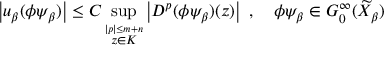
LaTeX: \left| u _ { \beta } ( \phi \psi _ { \beta } ) \right| \leq C \operatorname * { s u p } _ { \stackrel { { | p | \leq m + n } } { z \in K } } \left| D ^ { p } ( \phi \psi _ { \beta } ) ( z ) \right| \, \, , \quad \phi \psi _ { \beta } \in G _ { 0 } ^ { \infty } ( \widetilde { X } _ { \beta } ) \, \,